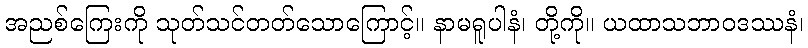
အညစ်ကြေးကို သုတ်သင်တတ်သောကြောင့်။ နာမရူပါနံ၊ တို့ကို။ ယထာသဘာဝဒဿနံ၊